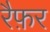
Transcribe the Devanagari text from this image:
रैफ़र